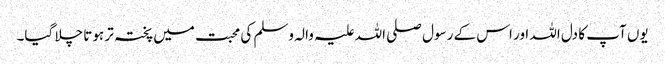
یوں آپ کا دل اللہ اور اس کے رسول صلی اللہ علیہ والہ وسلم کی محبت میں پختہ تر ہوتا چلا گیا۔